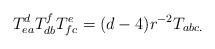
LaTeX: \begin{align*}T_{ea}^dT_{db}^fT_{fc}^e=(d-4)r^{-2}T_{abc.} \end{align*}